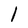
Character: 1